Report of the Indian Hemp Drugs Commission, 1894-1895 - Volume VII
Year: 1894
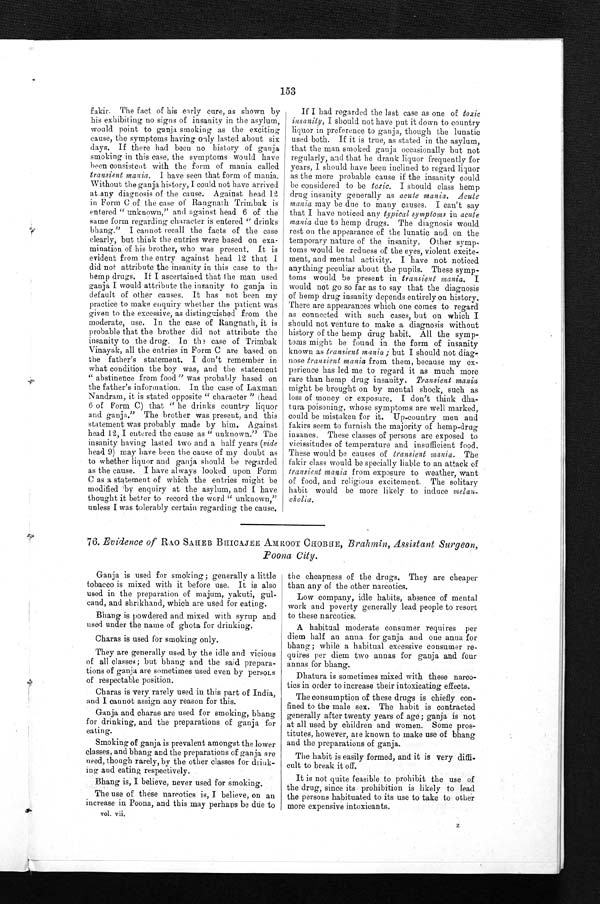
153
If I had regarded the last case as one of toxic
insanity, I should not have put it down to country
liquor in preference to ganja, though the lunatic
used both. If it is true, as stated in the asylum,
that the man smoked ganja occasionally but not
regularly, and that he drank liquor frequently for
years, I should have been inclined to regard liquor
as the more probable cause if the insanity could
be considered to be toxic. I should class hemp
drug insanity generally as acute mania. Acute
mania may be due to many causes. I can't say
that I have noticed any typical symptoms in acute
mania due to hemp drugs. The diagnosis would
rest on the appearance of the lunatic and on the
temporary nature of the insanity. Other symp-
toms would be redness of the eyes, violent excite-
ment, and mental activity. I have not noticed
anything peculiar about the pupils. These symp-
toms would be present in transient mania. I
would not go so far as to say that the diagnosis
of hemp drug insanity depends entirely on history.
There are appearances which one comes to regard
as connected with such cases, but on which I
should not venture to make a diagnosis without
history of the hemp drug habit. All the symp-
toms might be found in the form of insanity
known as transient mania ; but I should not diag-
nose transient mania from them, because my ex-
perience has led me to regard it as much more
rare than hemp drug insanity. Transient mania
might be brought on by mental shock, such as
loss of money or exposure. I don't think dha-
t urn poisoning, whose symptoms are well marked,
could be mistaken for it. Up-country men and
fakirs seem to furnish the majority of hemp-drug
insanes, These classes of persons are exposed to
vicissitudes of temperature and insufficient food.
These would be causes of transient mania. The
fakir class would be specially liable to an attack of
transient mania from exposure to weather, want
of food, and religious excitement. The solitary
habit would be more likely to induce melan
-cholia.
fakir. The fact of his early cure, as shown by
his exhibiting no signs of insanity in the asylum,
would point to ganja smoking as the exciting
cause, the symptoms having only lasted about six
days. If there had been no history of ganja
smoking in this case, the symptoms would have
been consistent with the form of mania called
transient mania . I have seen that form of mania.
Without the ganja history, I could not have arrived
at any diagnosis of the cause. Against head 12
in Form C of the case of Rangnath Trimbak is
entered " unknown," and against head 6 of the
same form regarding character is entered " drinks
bhang." I cannot recall the facts of the case
clearly, but think the entries were based on exa-
mination of his brother, who was present. It is
evident from the entry against head 12 that I
did not attribute the insanity in this case to the
hemp drugs. If I ascertained that the man used
ganja I would attribute the insanity to ganja in
default of other causes. It has not been my
practice to make enquiry whether the patient was
given to the excessive, as distinguished from the
moderate, use. In the case of Rangnath, it is
probable that the brother did not attribute the
insanity to the drug. In the case of Trimbak
Vinayak, all the entries in Form C are based on
the father's statement. I don't remember in
what condition the boy was, and the statement
" abstinence from food" was probably based on
the father's information. In the case of Laxman
Nandram, it is stated opposite " character " head
6 of form C) that " he drinks country liquor
and. ganja." The brother was present, and this
statement was probably made by him. Against
head 12, I entered the cause as " unknown." The
insanity having lasted two and a half years (vide
head 9) may have been the cause of my doubt as
to whether liquor and ganja should be regarded
as the cause. I have always looked upon Form
C as a statement of which the entries might be
modified by enquiry at the asylum, and I have
thought it better to record the word " unknown,"
unless I was tolerably certain regarding the cause.
76. Evidence of RAO SAHEB BHICAJEE AMROOT CHOBHE, Brahmin, Assistant Surgeon,
Poona City.
Ganja is used for smoking; generally a little
tobacco is mixed with it before use. It is also
used in the preparation of majum, yakuti, gul-
cand, and shrikhand, which are used for eating.
bhang is powdered and mixed with syrup and
used under the name of ghota for drinking.
Charas is used for smoking only.
They are generally used by the idle and vicious
of all classes ; but bhang and the said prepara-
tions of ganja are sometimes used even by persons
of respectable position.
Charas is very rarely used in this part of India,
and I cannot assign any reason for this.
Ganja and Charas are used for smoking, bhang
for drinking, and the preparations of ganja for
eating.
Smoking of ganja is prevalent amongst the lower
classes, and bhang and the preparations of ganja are
used, though rarely, by the other classes for drink-
ing and eating respectively.
Bhang is, I believe, never used for smoking.
The use of these narcotics is, I believe, on an
increase in Poona, and this may perhaps be due to
vol. vii.
the cheapness of the drugs. They are cheaper
than any of the other narcotics.
Low company, idle habits, absence of mental
work and poverty generally lead people to resort
to these narcotics.
A habitual moderate consumer requires per
diem half an anna for ganja and one anna for
bhang ; while a habitual excessive consumer re-
quires per diem two annas for ganja and four
annas for bhang.
Dhatura is sometimes mixed with these narco-
tics in order to increase their intoxicating effects.
The consumption of these drugs is chiefly con-
fined to the male sex. The habit is contracted
generally after twenty years of age; ganja is not
at all used. by children and women. Some pros-
titutes, however, are known to make use of bhang
and the preparations of ganja.
The habit is easily formed, and it is very
diffi¬cult to break it off.
It is not quite feasible to prohibit the use of
the drug, since its prohibition is likely to lead
the persons habituated to its use to take to other
more expensive intoxicants.
z